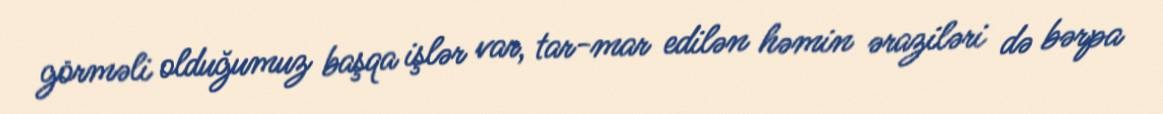
görməli olduğumuz başqa işlər var, tar-mar edilən həmin əraziləri də bərpa